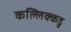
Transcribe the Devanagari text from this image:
कल्लिक्कडु